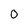
Character: 0